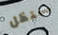
سنظل